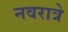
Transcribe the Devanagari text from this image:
नवरात्रे